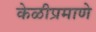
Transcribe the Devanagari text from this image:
केळीप्रमाणे